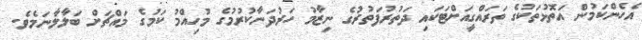
އެހެންކަމުން އަތޮޅުތަކުގެ ތަރައްގީއަށްޓަކައި ދަތުރުފަތުރުގެ ނިޒާމު ހަރުދަނާކުރުމުގެ މުހިއްމު ކަމުގެ މައްޗަށް ބަލާލާނަމެވެ.